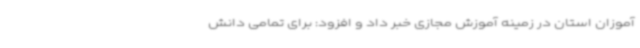
آموزان استان در زمینه آموزش مجازی خبر داد و افزود: برای تمامی دانش